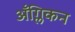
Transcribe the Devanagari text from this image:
ॲंग्लिकन